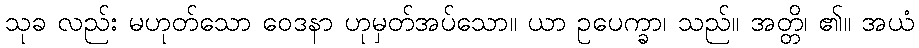
သုခ လည်း မဟုတ်သော ဝေဒနာ ဟုမှတ်အပ်သော။ ယာ ဥပေက္ခာ၊ သည်။ အတ္တိ၊ ၏။ အယံ